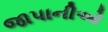
જાપાનીઓ